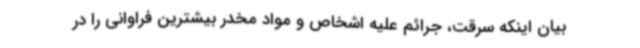
بیان اینکه سرقت، جرائم علیه اشخاص و مواد مخدر بیشترین فراوانی را در